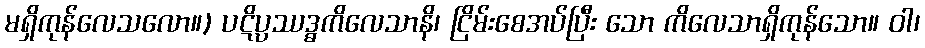
မရှိကုန်လေသလော။) ပဋိပ္ပဿဒ္ဓကိလေသာနိ၊ ငြိမ်းစေအပ်ပြီး သော ကိလေသာရှိကုန်သော။ ဝါ၊